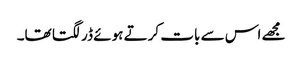
مجھے اس سے بات کرتے ہوئے ڈر لگتا تھا۔